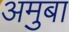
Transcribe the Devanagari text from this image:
अमुबा